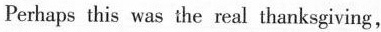
Perhaps this was the real thanksgiving,